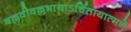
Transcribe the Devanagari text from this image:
बल्लवीवल्लभायाऽर्चितायात्मने